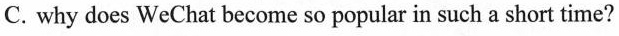
C. why does WeChat become so popular in such a short time?